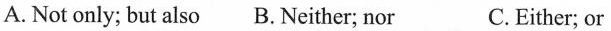
A. Not only; but also B.Neither; nor C.Either; or